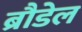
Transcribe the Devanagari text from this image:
ब्रौडेल